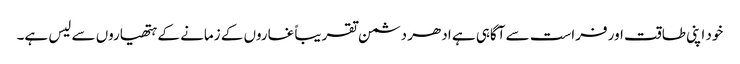
خود اپنی طاقت اور فراست سے آگاہی ہے ادھر دشمن تقریباً غاروں کے زمانے کے ہتھیاروں سے لیس ہے۔